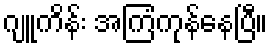
ဂျူကိန်း အကြံကုန်နေပြီ။